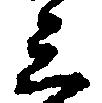
三